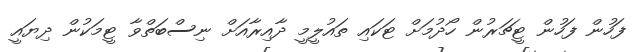
ފަހުން ފަހުން ޓީޗަރުން ހޯދުމަށް ޓަކައި ތައުލީމީ ދާއިރާއަށް ނިސްބަތްވާ ޓީމަކުން ދިޔައީ